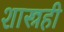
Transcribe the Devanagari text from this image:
शास्त्रही